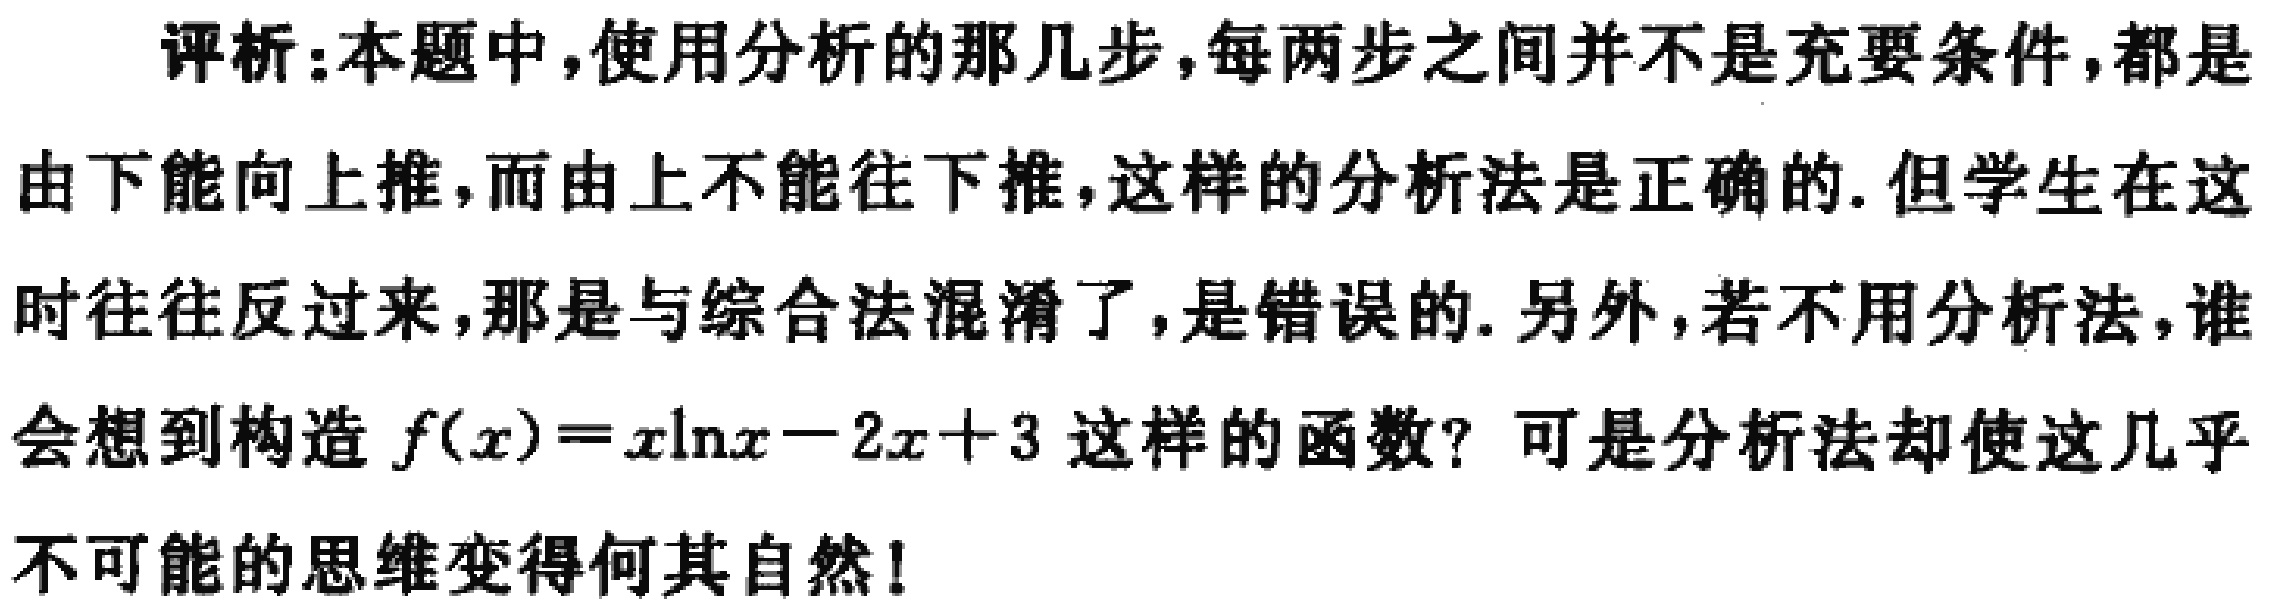
评析：本题中，使用分析的那几步，每两步之间并不是充要条件，都是由下能向上推，而由上不能往下推，这样的分析法是正确的. 但学生在这时往往反过来，那是与综合法混淆了，是错误的. 另外，若不用分析法，谁会想到构造 \(f(x)=x\ln x - 2x + 3\) 这样的函数？可是分析法却使这几乎不可能的思维变得何其自然！